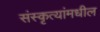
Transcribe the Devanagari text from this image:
संस्कृत्यांमधील